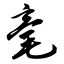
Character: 毫